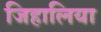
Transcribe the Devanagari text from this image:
जिहालिया